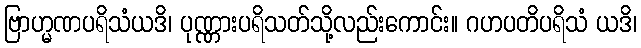
ဗြာဟ္မဏပရိသံယဒိ၊ ပုဏ္ဏားပရိသတ်သို့လည်းကောင်း။ ဂဟပတိပရိသံ ယဒိ၊